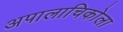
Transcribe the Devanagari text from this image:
अपालाचिकोला